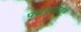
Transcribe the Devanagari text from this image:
पद्मपुराद्कार